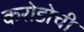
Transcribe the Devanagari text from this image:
करोडोची